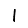
Digit: 1